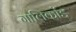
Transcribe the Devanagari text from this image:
गालिकोंड